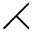
\rightthreetimes